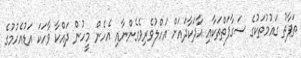
ތަފާތު ގައުމުތަކުގެ ސަގާފަތްތަކާއި އާދަކާދައަށް އަހްލުވެރިވެގެންނާއި އެހެން މީހުން ދައްކާ ވާހަކަ އަޑުއެހުމުގެ